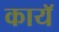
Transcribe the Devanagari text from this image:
कायॅ